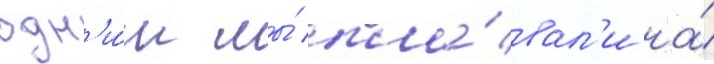
одн'и́м мы́ пла́вал'и на́